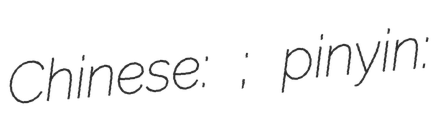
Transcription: Chinese: 允祺; pinyin: